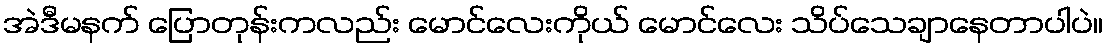
အဲဒီမနက် ပြောတုန်းကလည်း မောင်လေးကိုယ် မောင်လေး သိပ်သေချာနေတာပါပဲ။